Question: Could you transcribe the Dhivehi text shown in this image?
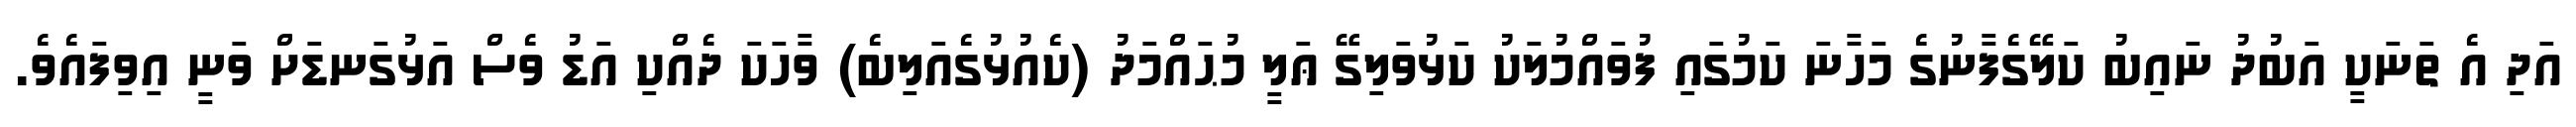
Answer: އަދި އެ ތަނަކީ އަބުދު ނައިބު ކަލޭގެފާނުގެ މަހާނަ ކަމުގައި ފުވައްމުލަކު ކަޅުވަލިގޭ ޢަލީ މުޙައްމަދު (ކެއުޅުގެއަލިބެ) ވާހަކަ ދެއްކި އަޑު ވެސް އަޅުގަނޑަށް ވަނީ އިވިފައެވެ.